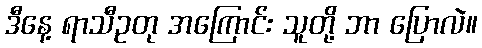
ဒီနေ့ ရာသီဥတု အကြောင်း သူတို့ ဘာ ပြောလဲ။